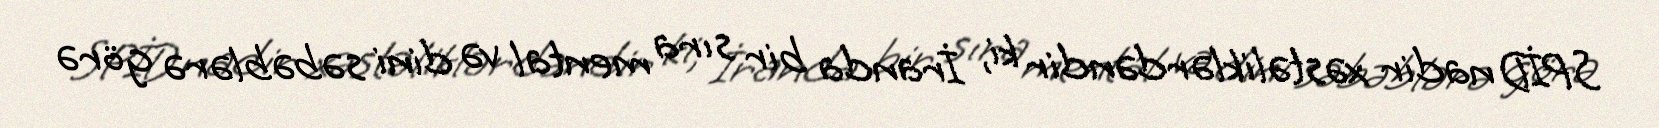
SPİD nadir xəstəliklərdəndir ki, İranda bir sıra mental və dini səbəblərə görə